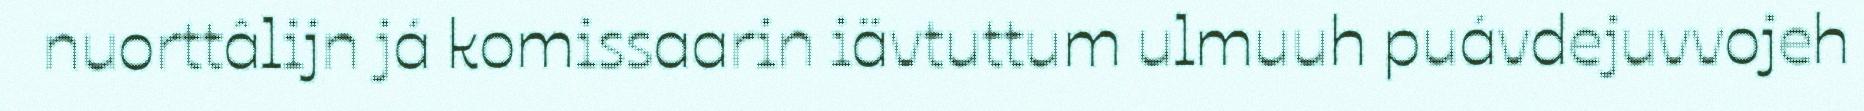
nuorttâlijn já komissaarin iävtuttum ulmuuh puávdejuvvojeh